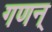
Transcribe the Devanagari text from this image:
गणन्